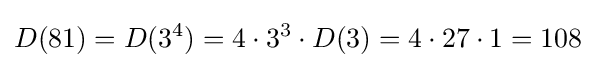
D(81)=D(3^{4})=4\cdot 3^{3}\cdot D(3)=4\cdot 27\cdot 1=108